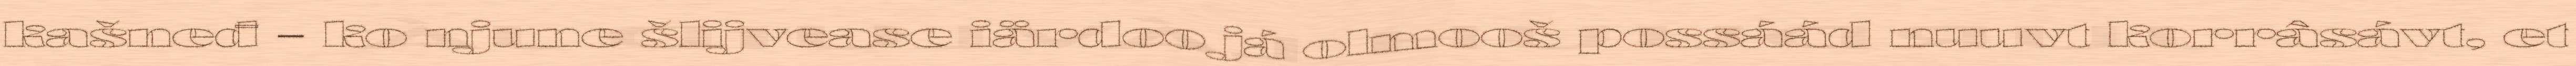
kašneđ – ko njune šlijvease iärdoo já olmooš possáád nuuvt korrâsávt, et